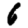
Digit: 6